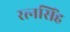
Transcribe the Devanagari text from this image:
रत्‍नसिंह